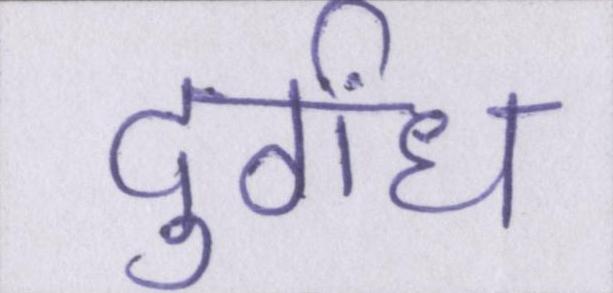
दुर्गंध